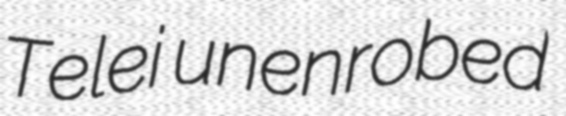
Telei unenrobed